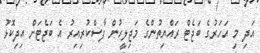
އަދި މި އަހަރުގެ ބަޖެޓް ރައްޔިތުންގެ މަޖިލީހުން ފާސްކުރިއިރު އެ ބަޖެޓަށް އިދިކޮޅު